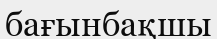
бағынбақшы